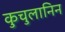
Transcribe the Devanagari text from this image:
कुचुलानिन